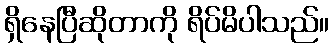
ရှိနေပြီဆိုတာကို ရိပ်မိပါသည်။